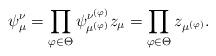
LaTeX: \begin{align*} \psi_\mu^\nu = \prod_{\varphi \in \Theta} \psi_{\mu^{(\varphi)}}^{\nu^{(\varphi)}} z_\mu = \prod_{\varphi \in \Theta} z_{\mu^{(\varphi)}}.\end{align*}